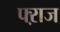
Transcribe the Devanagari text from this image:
फ्ऱाज